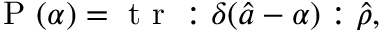
\mathrm { ~ P ~ } ( \alpha ) = \mathrm { ~ t ~ r ~ } : \delta ( \hat { a } - \alpha ) : \hat { \rho } ,